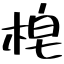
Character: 梍